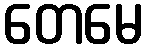
တေမေ